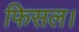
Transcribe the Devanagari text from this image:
फिसल।